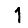
Digit: 1